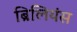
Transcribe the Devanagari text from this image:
ब्रिलियंस